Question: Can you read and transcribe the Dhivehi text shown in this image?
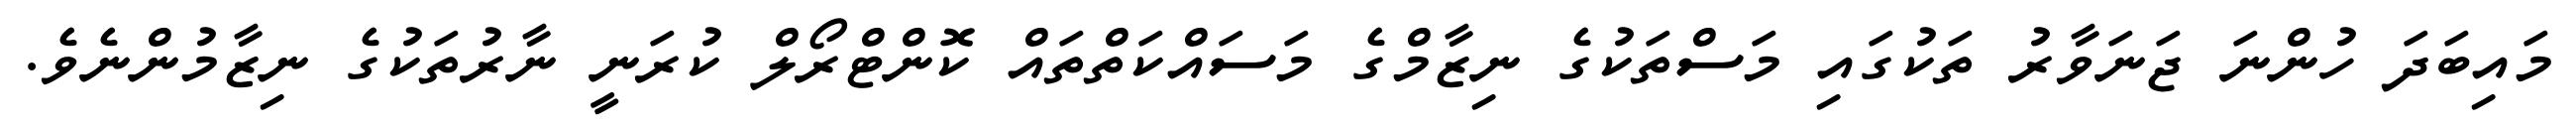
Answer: މައިބަދަ ހުންނަ ޖަނަވާރު ތަކުގައި މަސްތަކުގެ ނިޒާމްގެ މަސައްކަތްތައް ކޮންޓްރޯލް ކުރަނީ ނާރުތަކުގެ ނިޒާމުންނެވެ.